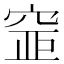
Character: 𥦐